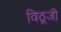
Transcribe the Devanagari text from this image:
विठूजी